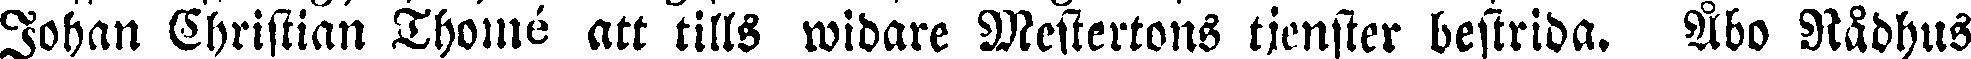
Johan Christian Thomé att tills widare Mestertons tjenster bestrida. Åbo Rådhus